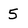
Character: 5